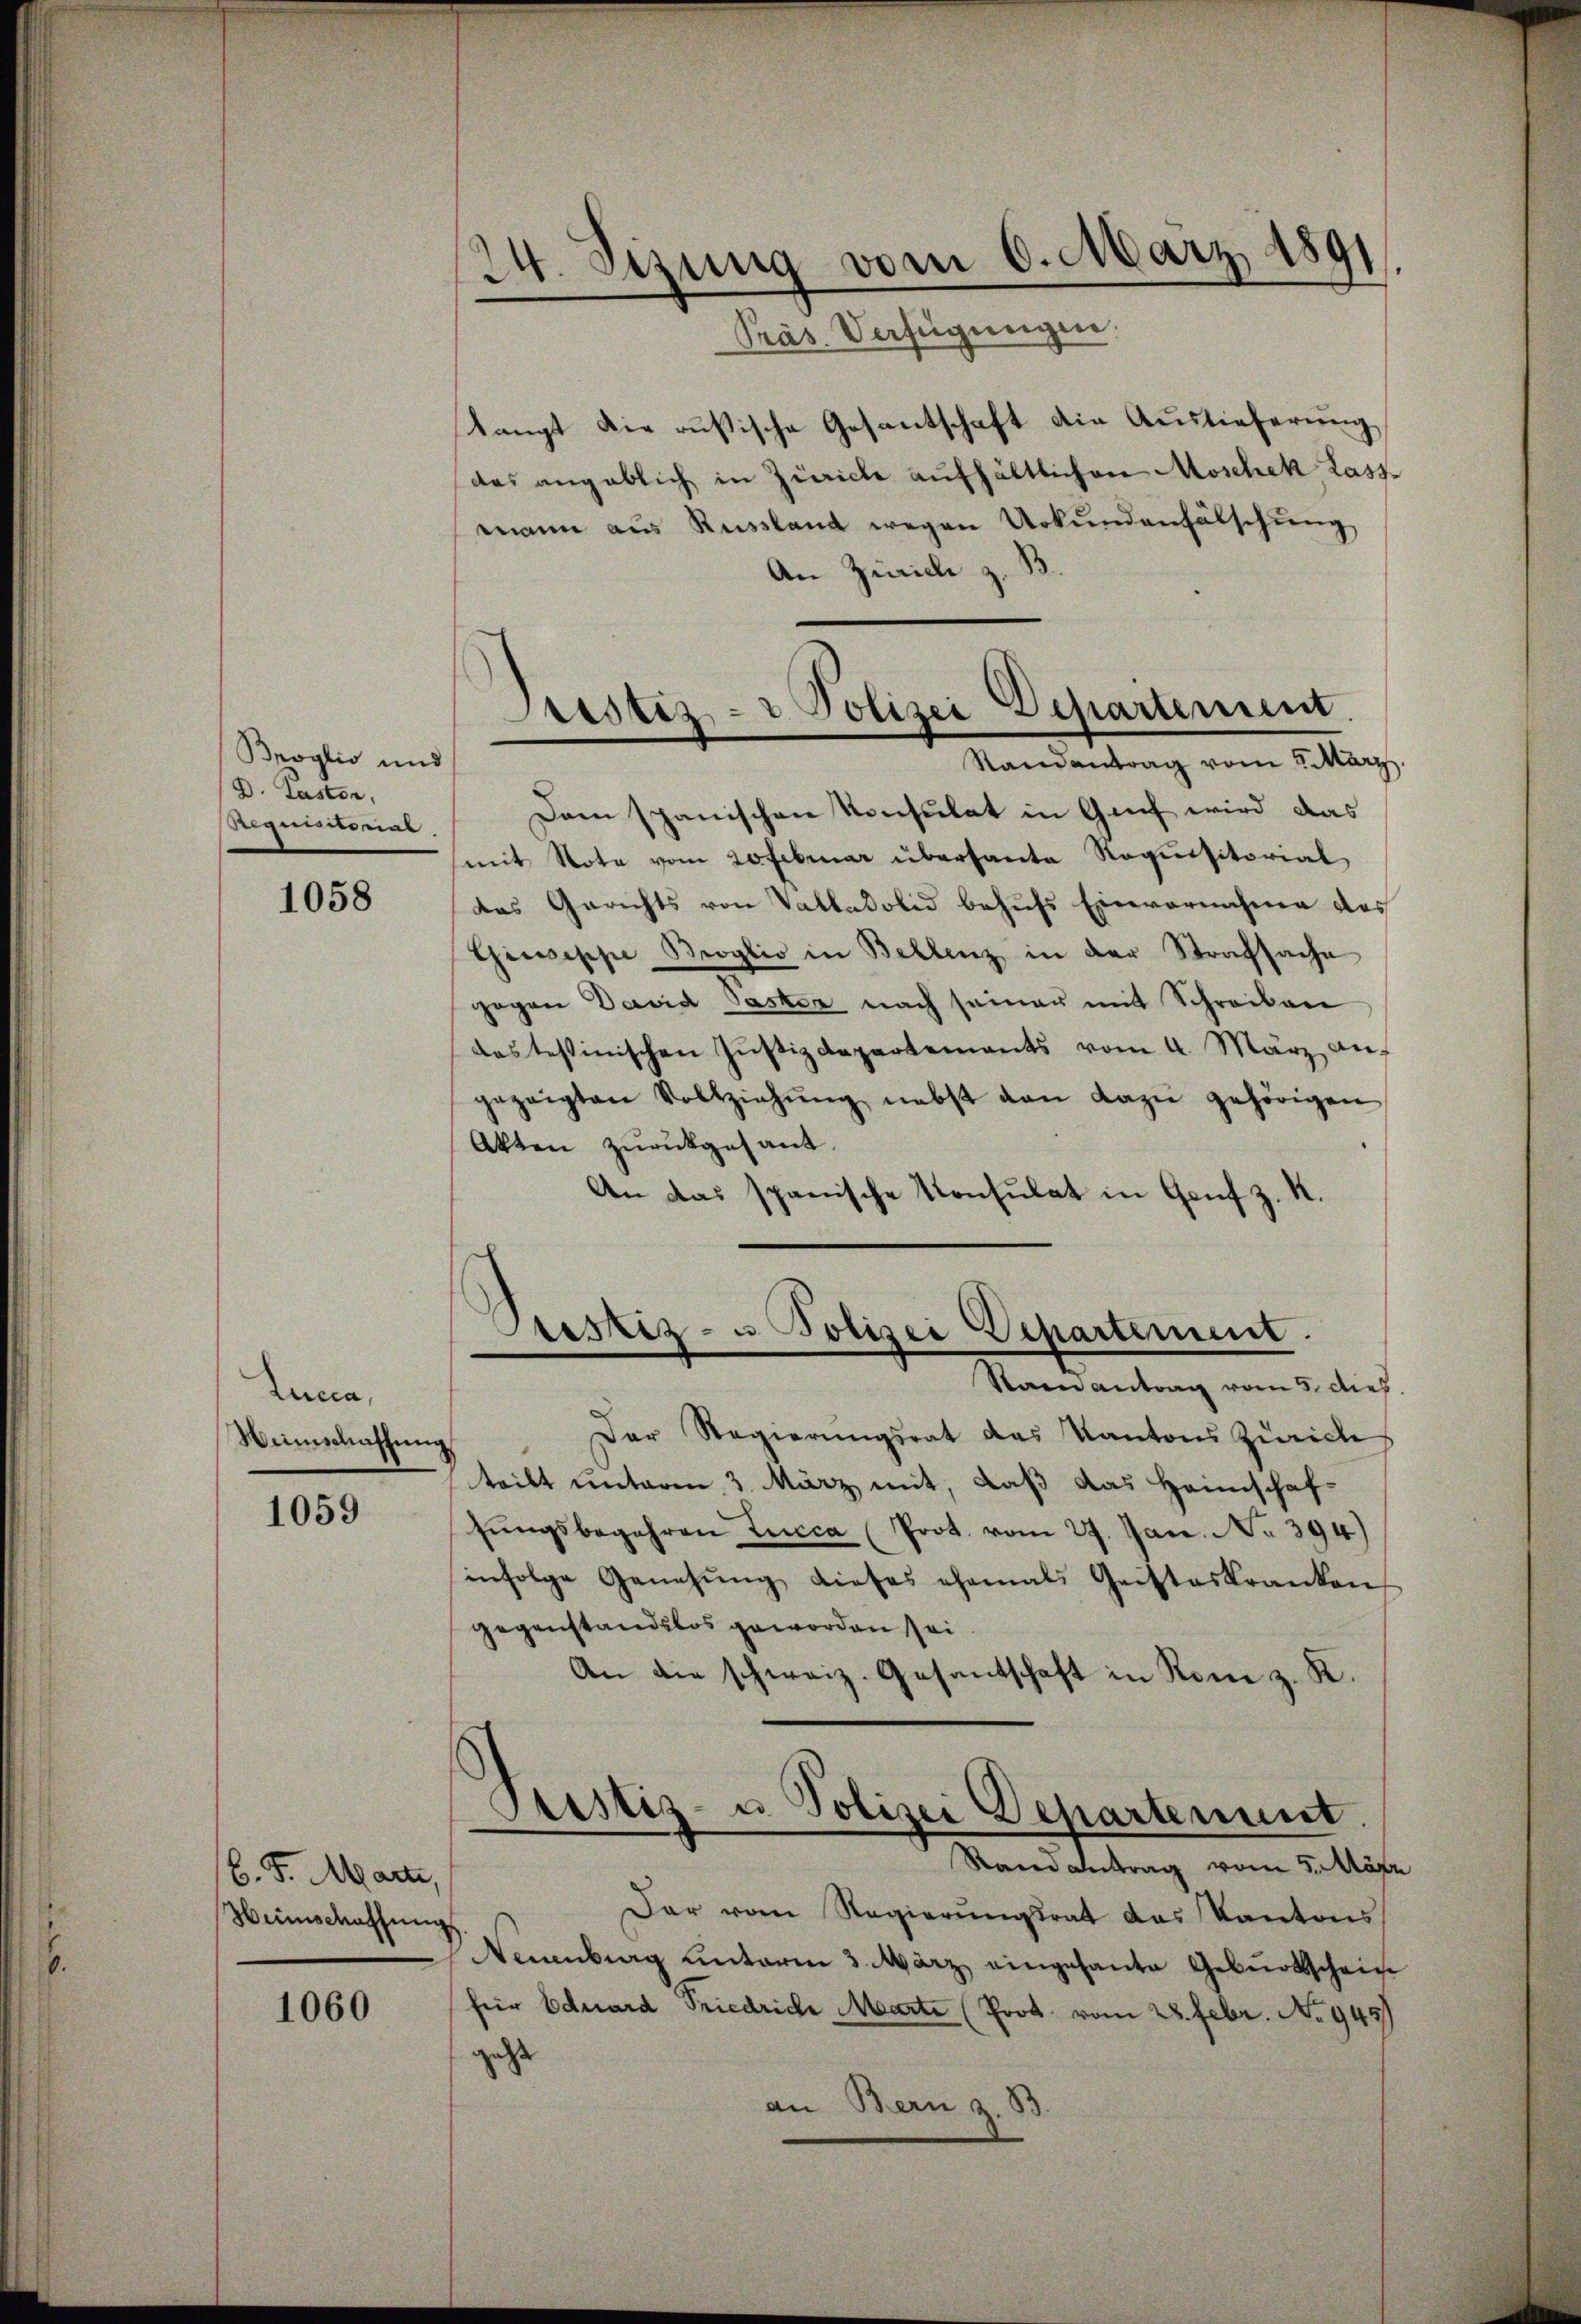
6.

Broglio und
D. Pastor,
Requisitorial.

1058

Lucca,
Weinschaffung

1059

b. Fr. Marti,
Weinschaffung

1060

24. Sizung vom 6. März 1891.
Präs. Verfügungen.

langt die rusische Gesantschaft die Auslieferung
das angeblich in Zürich aufhältlichen Moschek lass
mann aus Russland wegen Urkundenfälschung
An Zürich z. B.
Dam spanischen Konsulat in Genf wird das
mit Nota vom 20 Februar übersante Requisitorial
das Gerichts von Valladolid behufs Einvernahme des
Giuseppe Broglio in Bellenz in der Strafsache
gegen David Paster nach seiner mit Schreiben
das testinischen Zŭstizdepartements vom 4. März auf
gezeigten Vollziehŭng nebst von dazu gehörigen
Akten zurückgesant.
An das spanische Konsulat in Genf z. K.
Prestiz- u Polizei Departement
e
Stainantrag vom 5. dieß.
Der Regierungsrat das Kantons Zürich
teilt unterm 3. März mit, daß das Heimschaf-
hŭngsbegehren Lucca (Prot. vom 27. Jan. No 394)
infolge Genehmig dieses ehemals Geisteskranken
gegenstandslos geworden sei.
An die schweiz. Gesantschaft in Rom z. K.
Pristiz- u. Polizei Departement.
Ramantrag vom 5. März
Der vom Regierungsrat das Kantons
Neuenburg unterm 3. März eingesante Gebŭrtschein
für Eduard Friedriche Marte (Prot. vom 28. Febr. No. 945
geht
an Bern z. 53.

Justiz- & Polizei Departement.
Randantrag vom 2. März.